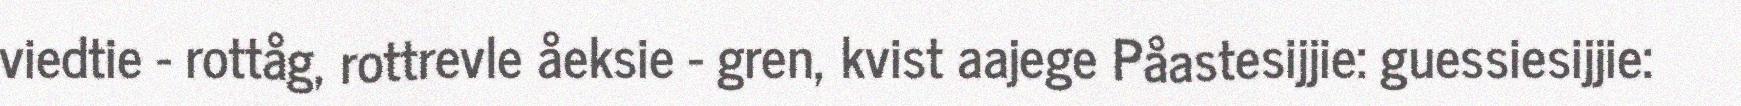
viedtie - rottåg, rottrevle åeksie - gren, kvist aajege Påastesijjie: guessiesijjie: